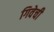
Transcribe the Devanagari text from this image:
गिवेची